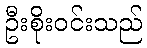
ဦးစိုးဝင်းသည်